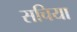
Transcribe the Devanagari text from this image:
सचिया